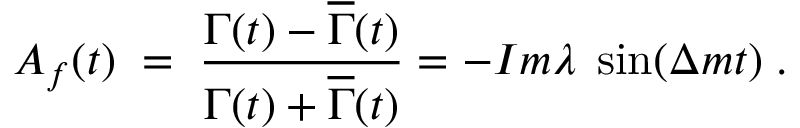
A _ { f } ( t ) \; = \; \frac { \Gamma ( t ) - \overline { { { \Gamma } } } ( t ) } { \Gamma ( t ) + \overline { { { \Gamma } } } ( t ) } = - I m \lambda \; \sin ( \Delta m t ) \; .